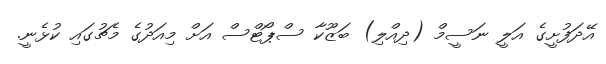
އޭދަފުށީގެ އަލީ ނަސީމް (ދިއްލި) ބަޒޫކާ ސްޕޯޓްސް އަށް މިއަދުގެ މެޗުގައި ކުޅެނީ.